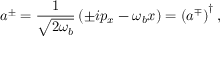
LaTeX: a ^ { \pm } = \frac { 1 } { \sqrt { 2 \omega _ { b } } } \left( \pm i p _ { x } - \omega _ { b } x \right) = \left( a ^ { \mp } \right) ^ { \dagger } ,